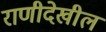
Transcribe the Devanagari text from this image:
राणीदेखील